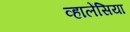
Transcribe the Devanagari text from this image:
व्हालेंसिया